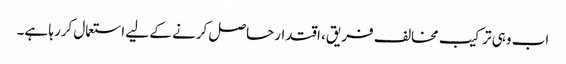
اب وہی ترکیب مخالف فریق، اقتدارحاصل کرنے کے لیے استعمال کررہا ہے۔